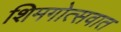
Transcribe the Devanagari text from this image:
शिमगोत्सवात